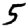
Digit: 5